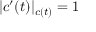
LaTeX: | c ^ { \prime } ( t ) | _ { c ( t ) } = 1